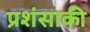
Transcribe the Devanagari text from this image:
प्रशंसाकी